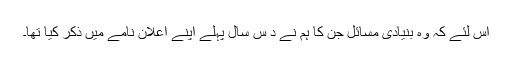
اس لئے کہ وہ بنیادی مسائل جن کا ہم نے د س سال پہلے اپنے اعلان نامے میں ذکر کیا تھا۔